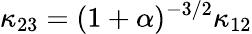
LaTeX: \kappa_{23}=(1+\alpha)^{-3/2}\kappa_{12}